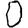
Digit: 0